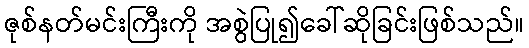
ဇုစ်နတ်မင်းကြီးကို အစွဲပြု၍ခေါ်ဆိုခြင်းဖြစ်သည်။